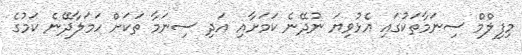
މިފިލްމް ސިނަމާތަކުގައި އެޅުވިޔަ ނުދޭނެ ކަމަށާއި އަދި ސިނަމާ ތަކަށް ހަމަލާދޭނެ ކަމުގެ